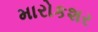
મારોકશર